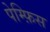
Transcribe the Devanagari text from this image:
पेम्फ़िस